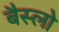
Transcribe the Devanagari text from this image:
बैस्लो